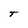
Character: t